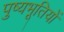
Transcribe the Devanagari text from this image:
पुष्यभूतियों